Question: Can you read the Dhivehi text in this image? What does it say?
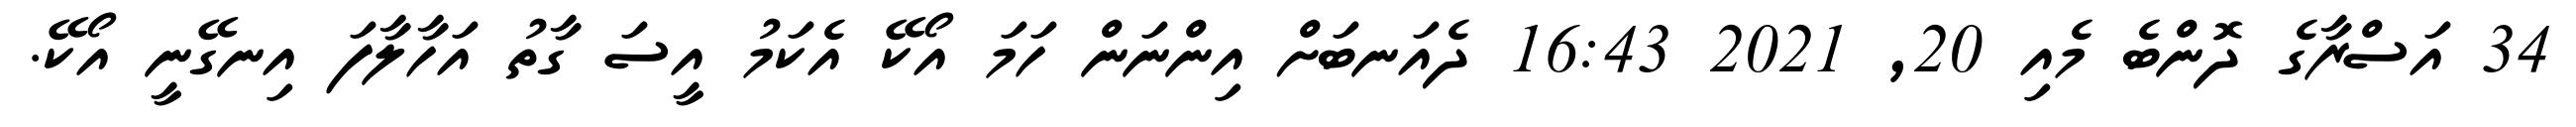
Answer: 34 އަސްރާގެ ދޮންބެ މެއި 20, 2021 16:43 ދެއަނބަށް އިންނަން ހަމަ އޯކޭ އެކަމު އީސަ ގާތު އަހާލާފަ އިނގޭނީ އޯކޭ.